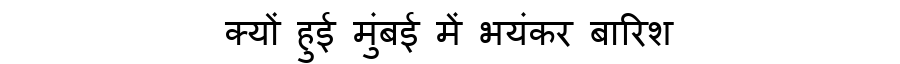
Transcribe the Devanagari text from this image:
क्यों हुई मुंबई में भयंकर बारिश